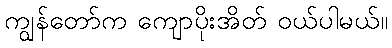
ကျွန်တော်က ကျောပိုးအိတ် ဝယ်ပါမယ်။